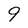
Character: 9